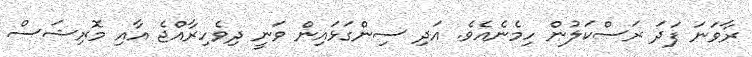
ރާވަނަ ފަދަ ރަސްކަލުން ހިމެނެއެވެ. އަދި ސިންގަޅައިން ވަނީ ދިވެހިރާއްޖެ އާއި މޮރިޝަސް